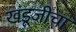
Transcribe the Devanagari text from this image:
खंडूजीचा